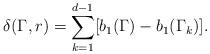
LaTeX: \begin{align*}\delta(\Gamma,r)=\sum_{k=1}^{d-1}[b_1( \Gamma)-b_1( \Gamma_k)].\end{align*}